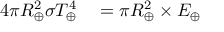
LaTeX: \begin{array} { r l } { 4 \pi R _ { \oplus } ^ { 2 } \sigma T _ { \oplus } ^ { 4 } } & { { } = \pi R _ { \oplus } ^ { 2 } \times E _ { \oplus } } \end{array}